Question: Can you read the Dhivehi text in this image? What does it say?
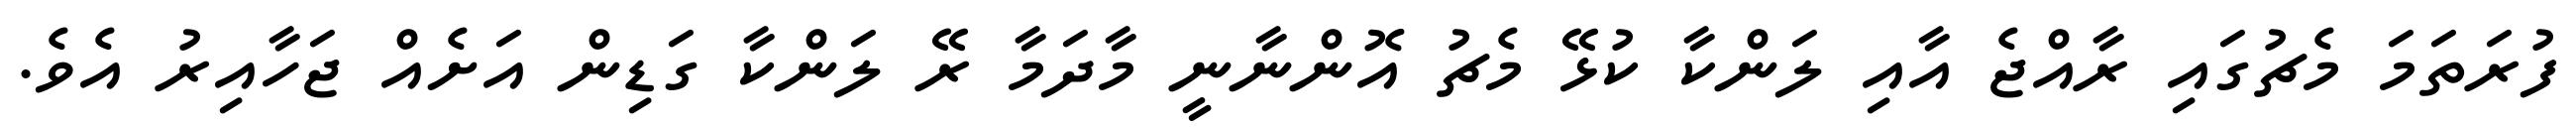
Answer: ފުރަތަމަ މެޗުގައި ރާއްޖެ އާއި ލަންކާ ކުޅޭ މެޗު އޮންނާނީ މާދަމާ ރޭ ލަންކާ ގަޑިން އަށެއް ޖަހާއިރު އެވެ.